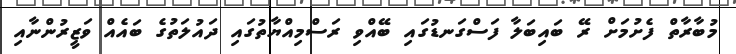
މުބާރާތް ފެށުމަށް ރޭ ބައިބަލާ ފަސްގަނޑުގައި ބޭއްވި ރަސްމިއްޔާތުގައި ދައުލަތުގެ ބައެއް ވަޒީރުންނާއި